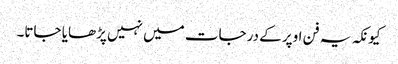
کیونکہ یہ فن اوپر کے درجات میں نہیں پڑھایا جاتا۔